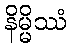
နိမ္မိဿံ